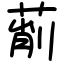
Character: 萷